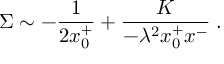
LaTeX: \Sigma \sim - { \frac { 1 } { 2 x _ { 0 } ^ { + } } } + \frac { K } { - \lambda ^ { 2 } x _ { 0 } ^ { + } x ^ { - } } \; .